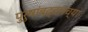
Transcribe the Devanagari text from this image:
पुरुषांबद्दलच्या